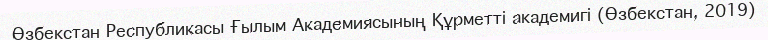
Өзбекстан Республикасы Ғылым Академиясының Құрметті академигі (Өзбекстан, 2019)